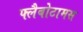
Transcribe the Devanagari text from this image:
फ्लैबोटामस